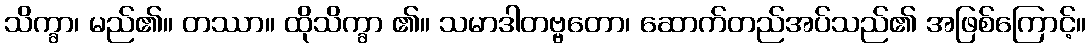
သိက္ခာ၊ မည်၏။ တဿာ။ ထိုသိက္ခာ ၏။ သမာဒါတဗ္ဗတော၊ ဆောက်တည်အပ်သည်၏ အဖြစ်ကြောင့်။